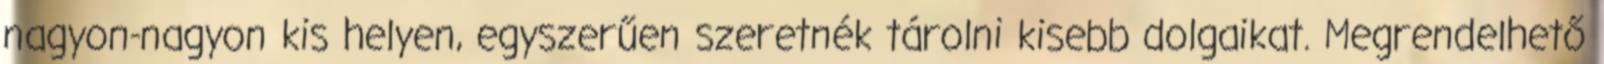
nagyon-nagyon kis helyen, egyszerűen szeretnék tárolni kisebb dolgaikat. Megrendelhető